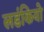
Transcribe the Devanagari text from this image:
लडंकियो